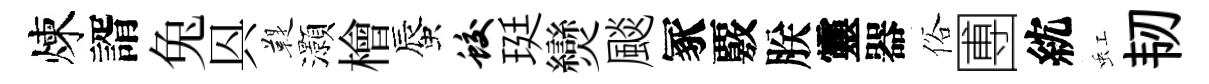
煉諝兔㒷鞮灝檜蜃蛟珽𤓖颷冢覈朕靈器俗圑紞虹韧